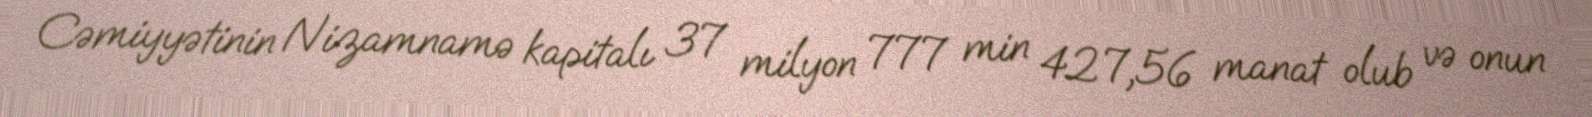
Cəmiyyətinin Nizamnamə kapitalı 37 milyon 777 min 427,56 manat olub və onun